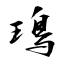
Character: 鳿